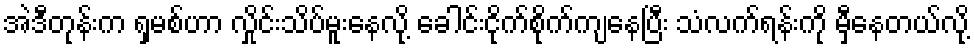
အဲဒီတုန်းက ရှမစ်ဟာ လှိုင်းသိပ်မူးနေလို့ ခေါင်းငိုက်စိုက်ကျနေပြီး သံလက်ရန်းကို မှီနေတယ်လို့